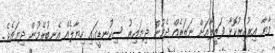
މާޔާ އިރުއިރުކޮޅާ ފަޒީލާއަށް ނަޒަރެއް ދެމުން ދިޔައިރު ސިކުނޑީގައި ހިޔާލެއް އެނބުރެމުން ދިޔައެވެ.